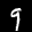
Label: 9